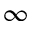
\infty